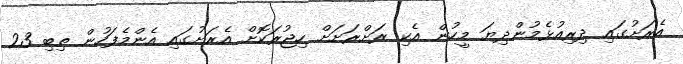
އެރަށުގައި ދިރިއުޅެމުންދިޔަ މީހުން އެކި ރަށްރަށަށް ހިޖުރަކޮށް އެރަށުގައި އެންމެފަހުން ތިބި 23